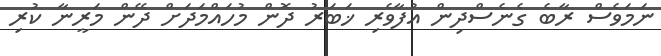
ނަމަވެސް ރާބެ ގެނެސްދިން އުފާވެރި ޚަބަރު ދޮން މުހައްމަދަށް ދޭން މަރީނާ ކުރި